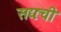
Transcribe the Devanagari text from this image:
सद्यःची